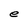
Character: e